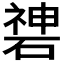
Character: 𥔻